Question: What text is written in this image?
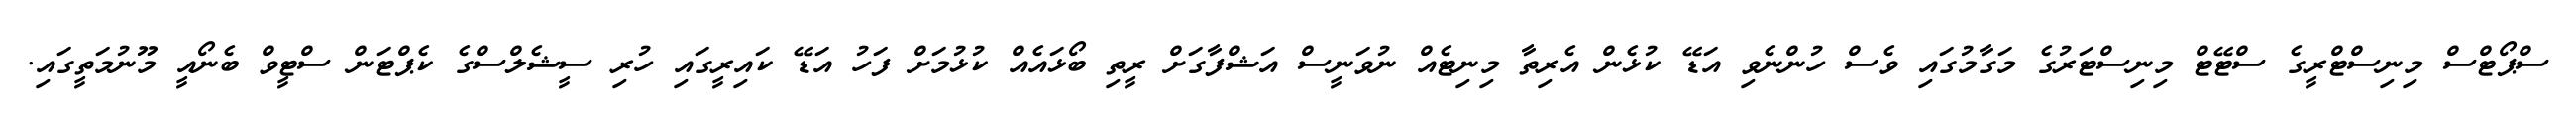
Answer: ސްޕޯޓްސް މިނިސްޓްރީގެ ސްޓޭޓް މިނިސްޓަރުގެ މަގާމުގައި ވެސް ހުންނެވި އަޑޭ ކުޅެން އެރިތާ މިނިޓެއް ނުވަނީސް އަޝްފާގަށް ރީތި ބޯޅައެއް ކުޅުމަށް ފަހު އަޑޭ ކައިރީގައި ހުރި ސީޝެލްސްގެ ކެޕްޓަން ސްޓީވް ބެނޯއީ މޫނުމަތީގައި.